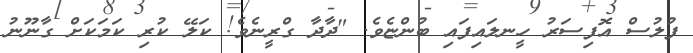
ފުލުސް އޮފިސަރު ހީނލައިފައި ބުންޏެވެ. "ދާދާ ގްރީނެވެ! ކަލޭ ކުރި ކަމަކަށް ގާނޫނު